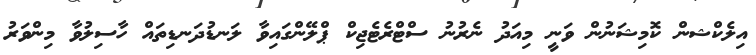
އިލެކްޝން ކޮމިޝަނުން ވަނީ މިއަދު ނެރުނު ސްޓްރެޓެޖިކް ޕްލޭންގައިވާ ލަނޑުދަނޑިތައް ހާސިލުވާ މިންވަރު